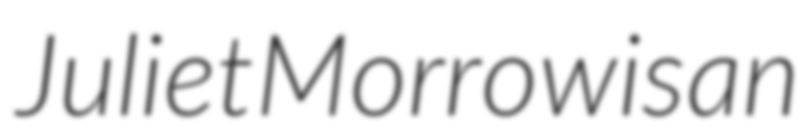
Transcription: Juliet Morrow is an